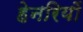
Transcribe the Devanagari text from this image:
हेनरियों